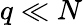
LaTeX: q\ll N